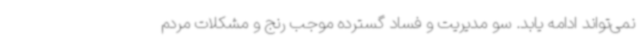
نمی‌تواند ادامه یابد. سو مدیریت و فساد گسترده موجب رنج و مشکلات مردم